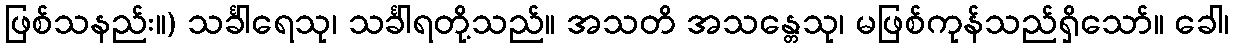
ဖြစ်သနည်း။) သင်္ခါရေသု၊ သင်္ခါရတို့သည်။ အသတိ အသန္တေသု၊ မဖြစ်ကုန်သည်ရှိသော်။ ခေါ၊